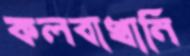
কলবাখানি